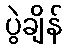
ပွဲချိန်